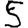
Digit: 5